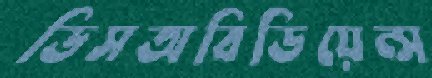
ডিসঅবিডিয়েন্স